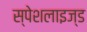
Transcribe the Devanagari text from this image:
स्पेशलाइज्ड